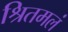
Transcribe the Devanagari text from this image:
श्रितमलं